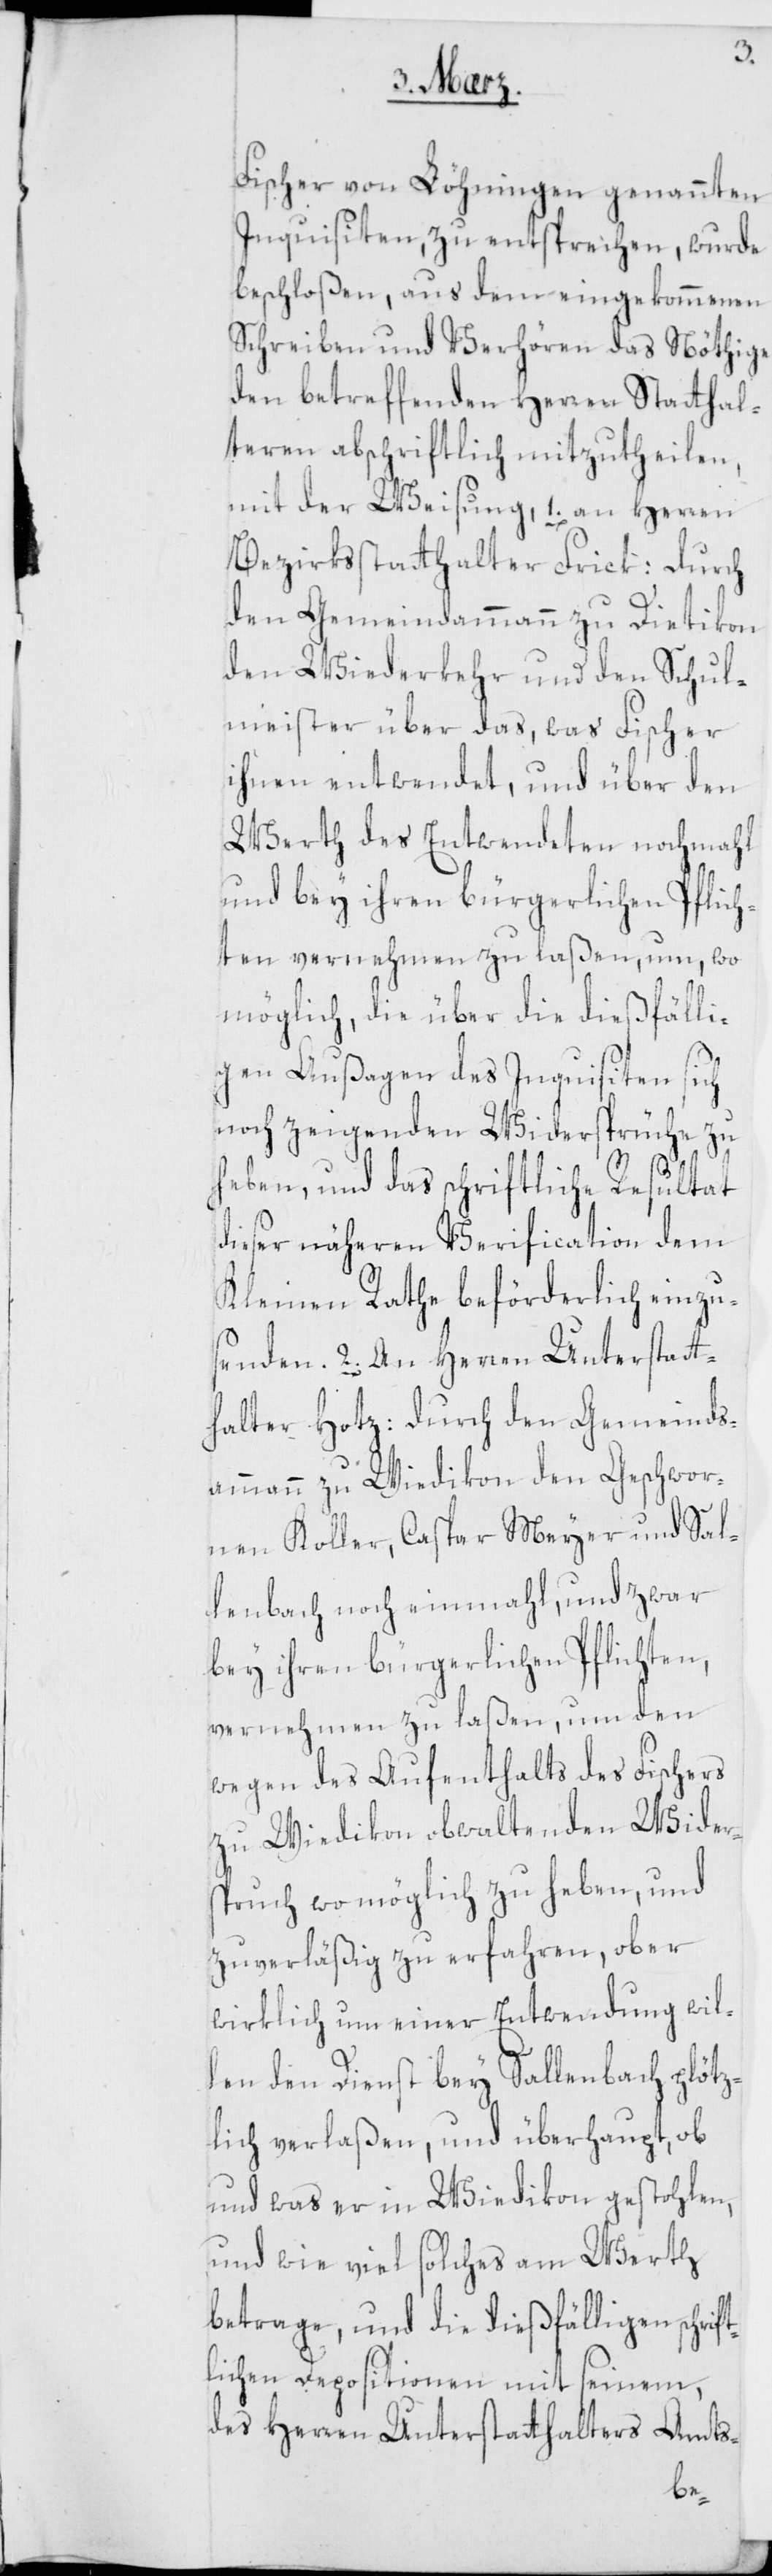
nden.
Fischer von Löhningen genannten
Inquisiten, zu entsprechen, wurde
beschloßen, aus dem eingekommenen
Schreiben und Verhören das Nöthige
den betreffenden Herren Statthal¬
teren abschriftlich mitzutheilen,
Bezirksstatthalter Frick: Durch
den Gemeindammann zu Dietikon,
den Wiederkehr und den Schul¬
meister über das, was Fischer
ihnen entwendet, und über den
Wert des Entwendeten nochmahl
und bey ihren bürgerlichen Pflich¬
ten vernehmen zu laßen, um, wo
möglich, die über die dießfälli¬
gen Außagen des Inquisiten sich
noch zeigenden Widersprüche zu
heben, und das schriftliche Resultat
dieser näheren Verification dem
Kleinen Rathe beförderlich einzuse¬
2. An Herren Unterstatt¬
halter Hotz: Durch den Gemeinds¬
ammann zu Wiedikon den Geschwor¬
nen Koller, Caspar Meyer und Sal¬
lenbach noch einmahl, und zwar
bey ihren bürgerlichen Pflichten,
vernehmen zu laßen, um den
wegen des Aufenthalts des Fischers
zu Wiedikon obwaltenden Wider¬
spruch wo möglich zu heben, und
zuverläßig zu erfahren, ob er
wirklich um einer Entwendung wil¬
len den Dienst bey Sallenbach plötz¬
lich verlaßen, und überhaupt, ob
und was er in Wiedikon gestohlen,
und wie viel solches am Werth
betrage, und die dießfälligen schrif¬
tlichen Depositionen mit seinem,
des Herren Unterstatthalters Amts-